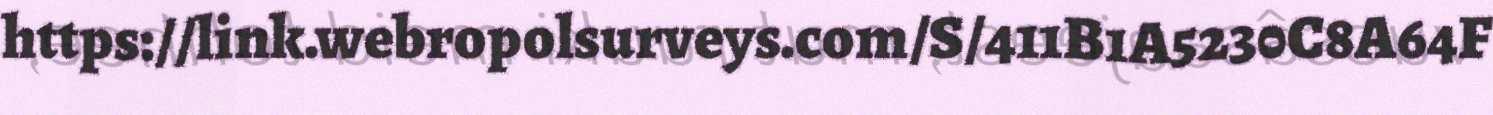
https://link.webropolsurveys.com/S/411B1A5230C8A64F